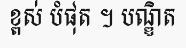
ខ្ពស់ បំផុត ។ បណ្ឌិត